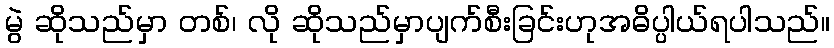
မွဲ ဆိုသည်မှာ တစ်၊ လို ဆိုသည်မှာပျက်စီးခြင်းဟုအဓိပ္ပါယ်ရပါသည်။